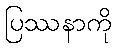
ပြဿနာကို